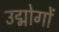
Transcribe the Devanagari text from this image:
उद्मोगों